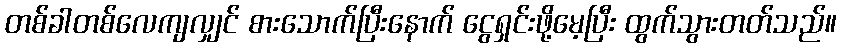
တစ်ခါတစ်လေကျလျှင် စားသောက်ပြီးနောက် ငွေရှင်းဖို့မေ့ပြီး ထွက်သွားတတ်သည်။